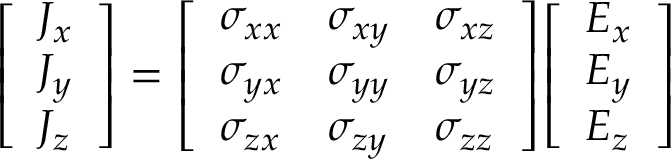
{ \left[ \begin{array} { l } { J _ { x } } \\ { J _ { y } } \\ { J _ { z } } \end{array} \right] } = { \left[ \begin{array} { l l l } { \sigma _ { x x } } & { \sigma _ { x y } } & { \sigma _ { x z } } \\ { \sigma _ { y x } } & { \sigma _ { y y } } & { \sigma _ { y z } } \\ { \sigma _ { z x } } & { \sigma _ { z y } } & { \sigma _ { z z } } \end{array} \right] } { \left[ \begin{array} { l } { E _ { x } } \\ { E _ { y } } \\ { E _ { z } } \end{array} \right] }